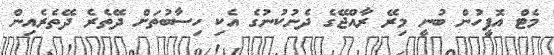
މެޓް އޮފީހުން ބުނީ މިރޭ ރާއްޖޭގެ ދެނުކުނުގެ އެކި ހިސާބުތަށް ދޭތެރެ ދޭތެރެއިން